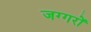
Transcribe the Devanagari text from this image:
जग्गरों